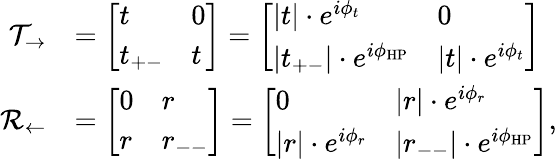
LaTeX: \begin{array}{rl}{\mathcal{T}_{\rightarrow}}&{=\left[\begin{array}{ll}{t}&{0}\\ {t_{+-}}&{t}\end{array}\right]=\left[\begin{array}{ll}{|t|\cdot e^{i\phi_{t}}}&{0}\\ {|t_{+-}|\cdot e^{i\phi_{\mathrm{HP}}}}&{|t|\cdot e^{i\phi_{t}}}\end{array}\right]}\\ {\mathcal{R}_{\leftarrow}}&{=\left[\begin{array}{ll}{0}&{r}\\ {r}&{r_{--}}\end{array}\right]=\left[\begin{array}{ll}{0}&{|r|\cdot e^{i\phi_{r}}}\\ {|r|\cdot e^{i\phi_{r}}}&{|r_{--}|\cdot e^{i\phi_{\mathrm{HP}}}}\end{array}\right],}\end{array}